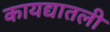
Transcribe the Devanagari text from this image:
कायद्यातली